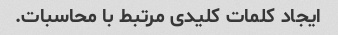
ایجاد کلمات کلیدی مرتبط با محاسبات.